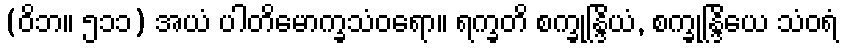
(ဝိဘ။ ၅၁၁) အယံ ပါတိမောက္ခသံဝရော။ ရက္ခတိ စက္ခုန္ဒြိယံ, စက္ခုန္ဒြိယေ သံဝရံ